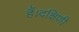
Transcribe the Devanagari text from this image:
हैं।दक्षिणी